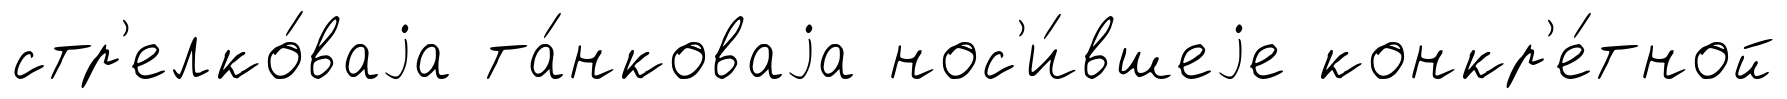
стр'елко́ваjа та́нковаjа нос'и́вшеjе конкр'е́тной